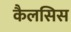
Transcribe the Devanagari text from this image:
कैलसिस